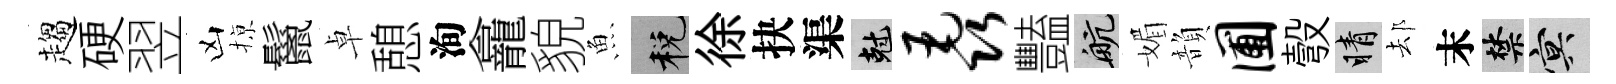
趨硬翌凶𢱊鬣卓憩洵龕貌魚税徐抉渠剋毳豔航媚韻圃彀睛𨚫末禁冥